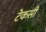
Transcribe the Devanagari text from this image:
टेकसी